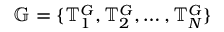
\mathbb { G } = \{ \mathbb { T } _ { 1 } ^ { G } , \mathbb { T } _ { 2 } ^ { G } , \dots , \mathbb { T } _ { N } ^ { G } \}